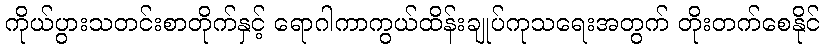
ကိုယ်ပွားသတင်းစာတိုက်နှင့် ရောဂါကာကွယ်ထိန်းချုပ်ကုသရေးအတွက် တိုးတက်စေနိုင်